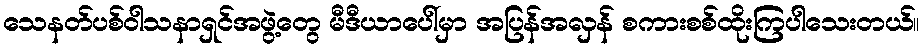
သေနတ်ပစ်ဝါသနာရှင်အဖွဲ့တွေ မီဒီယာပေါ်မှာ အပြန်အလှန် စကားစစ်ထိုးကြပါသေးတယ်။